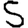
Digit: 5